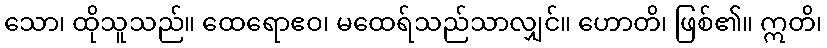
သော၊ ထိုသူသည်။ ထေရောဧဝ၊ မထေရ်သည်သာလျှင်။ ဟောတိ၊ ဖြစ်၏။ ဣတိ၊